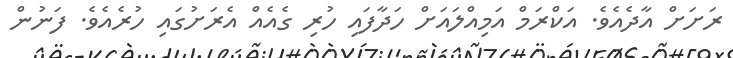
ރަށަށް އާދެއެވެ. އަކްރަމް އަމިއްލައަށް ހަދާފައި ހުރި ގެއެއް އެރަށުގައި ހުރެއެވެ. ފަނުން